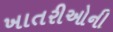
ખાતરીઓની